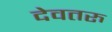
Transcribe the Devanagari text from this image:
देवतरु